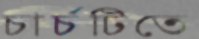
চার্চটিতে